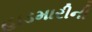
હાડમારીની